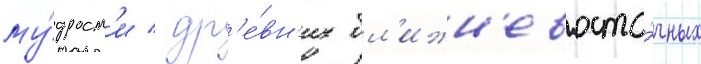
му́дрост'и / др'е́вн'их бл'ижн'евосто́чных